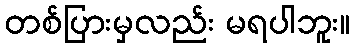
တစ်ပြားမှလည်း မရပါဘူး။